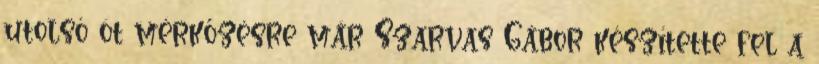
utolsó öt mérkőzésre már Szarvas Gábor készítette fel a